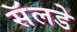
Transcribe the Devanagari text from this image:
सॅलडे